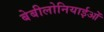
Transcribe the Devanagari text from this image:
बेबीलोनियाईओं